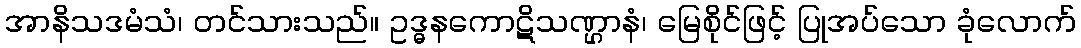
အာနိသဒမံသံ၊ တင်သားသည်။ ဥဒ္ဓနကောဋိသဏ္ဌာနံ၊ မြေစိုင်ဖြင့် ပြုအပ်သော ခုံလောက်